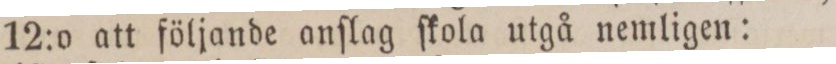
12:o att följande anſlag ſkola utgå nemligen: